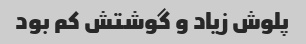
پلوش زیاد و گوشتش کم بود